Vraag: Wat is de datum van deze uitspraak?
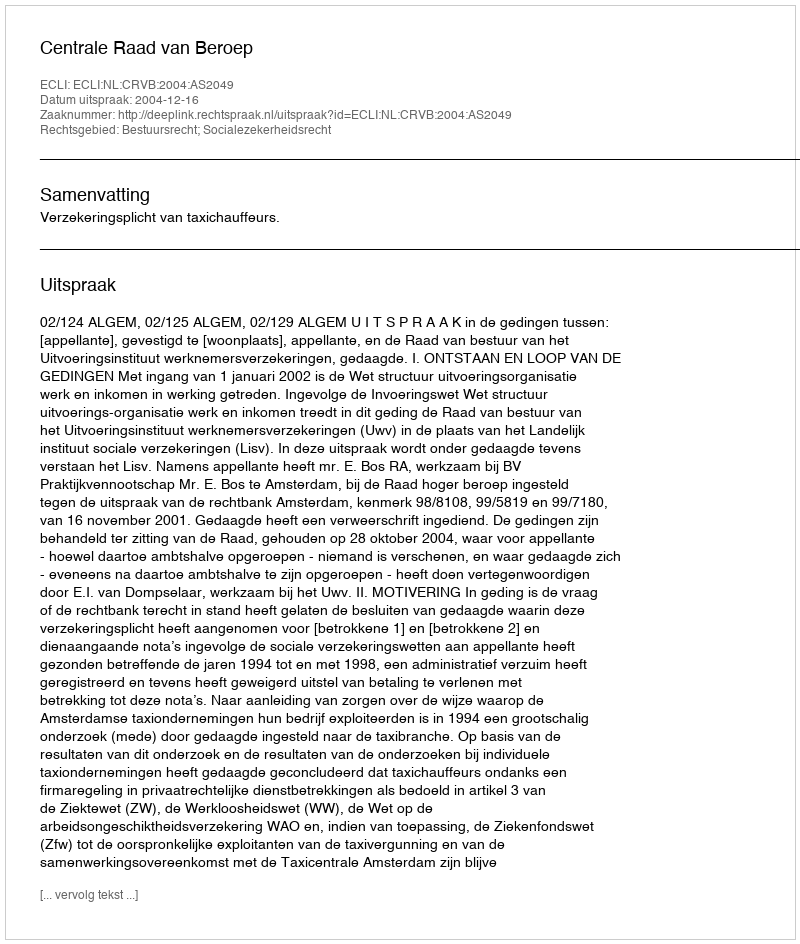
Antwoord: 2004-12-16